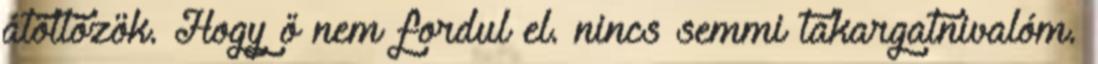
átöltözök. Hogy ő nem fordul el. nincs semmi takargatnivalóm.